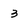
Character: 3